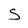
Character: S